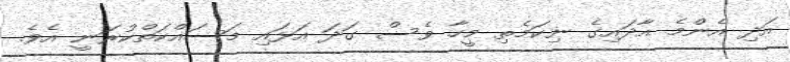
އަދި އެންމެ އާދައިގެ ނިކަމެތި މީހާ ވެސް ގަދަ އަޅައި މަސައްކަތްކުރަނީ އެވެ.